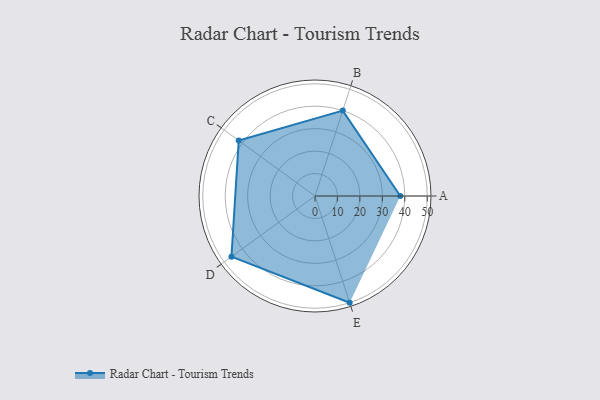
{"axis": {"x": "Skill", "y": "Score"}, "legend": ["Profile"], "data": [{"x": "A", "y": 38.0, "type": "Profile"}, {"x": "B", "y": 40.0, "type": "Profile"}, {"x": "C", "y": 42.0, "type": "Profile"}, {"x": "D", "y": 46.0, "type": "Profile"}, {"x": "E", "y": 50.0, "type": "Profile"}]}